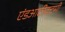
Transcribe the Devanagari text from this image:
एंडआर्टरेक्टमी